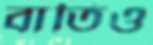
বাতিও